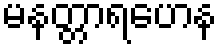
မနတ္တာရဟေန